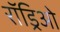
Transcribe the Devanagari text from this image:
रॉड्रिओ